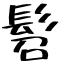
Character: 髫